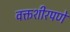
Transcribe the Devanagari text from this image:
वक्तशीरपणे